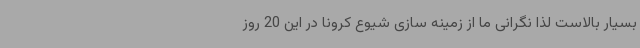
بسیار بالاست لذا نگرانی ما از زمینه سازی شیوع کرونا در این 20 روز